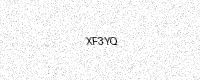
Text: XF3YQ